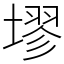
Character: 𪤗